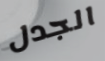
الجدل